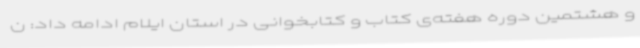
و هشتمین دوره هفته‌ی کتاب و کتابخوانی در استان ایلام ادامه داد: ن